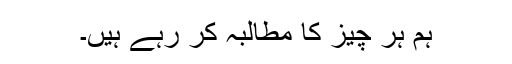
ہم ہر چیز کا مطالبہ کر رہے ہیں۔